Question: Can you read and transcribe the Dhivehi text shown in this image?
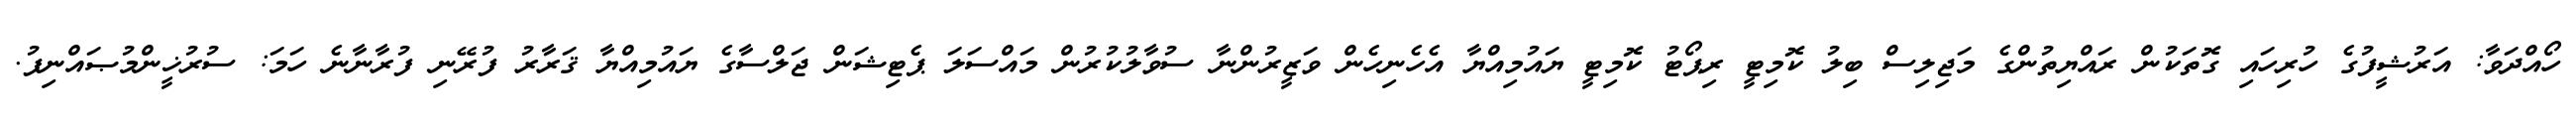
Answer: ހޯއްދަވާ: އަރުޝީފުގެ ހުރިހައި ގޮތަކުން ރައްޔިތުންގެ މަޖިލިސް ބިލު ކޮމިޓީ ރިޕޯޓު ކޮމިޓީ ޔައުމިއްޔާ އެހެނިހެން ވަޒީރުންނާ ސުވާލުކުރުން މައްސަލަ ޕެޓިޝަން ޖަލްސާގެ ޔައުމިއްޔާ ޤަރާރު ފުރޭނި ފުރާނާނެ ހަމަ: ސުރުޚީންމުޞައްނިފު.